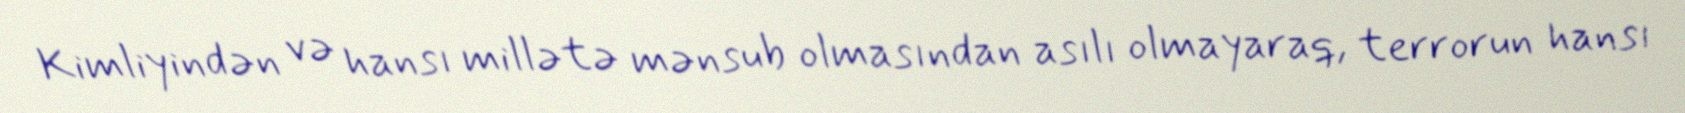
Kimliyindən və hansı millətə mənsub olmasından asılı olmayaraq, terrorun hansı